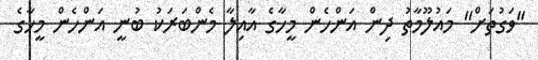
"ވަގުތަށް" މައުލޫމާތު ދިން އަންހެން މީހާގެ އާއިލާ މެންބަރަކު ބުނީ އަންހެން މީހާގެ